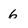
Character: 6